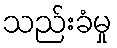
သည်းခံမှု